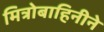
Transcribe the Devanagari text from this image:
मित्रोबाहिनीने